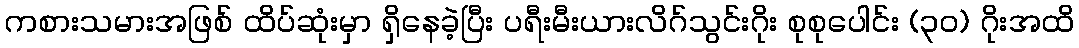
ကစားသမားအဖြစ် ထိပ်ဆုံးမှာ ရှိနေခဲ့ပြီး ပရီးမီးယားလိဂ်သွင်းဂိုး စုစုပေါင်း (၃၀) ဂိုးအထိ